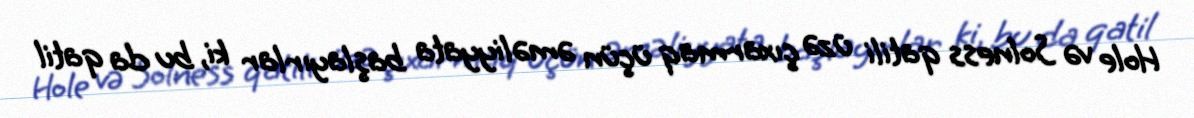
Hole və Solness qatili üzə çıxarmaq üçün əməliyyata başlayırlar ki, bu da qatil